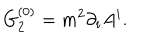
G _ { 2 } ^ { ( 0 ) } = m ^ { 2 } \partial _ { i } A ^ { i } .